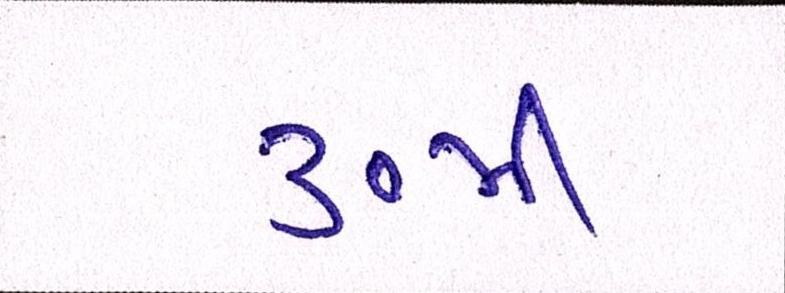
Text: ૩૦મી